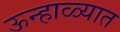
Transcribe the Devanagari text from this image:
ऊन्हाळ्यात